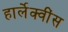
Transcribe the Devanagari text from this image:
हार्लेक्वींस